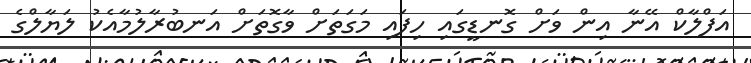
އަފްލާކް އޭނާ އިން ވަށް ގޮނޑީގައި ހިފައި މަގަތަށް ވާގޮތަށް އަނބުރާލުމާއެކު ލަޔާލްގެ